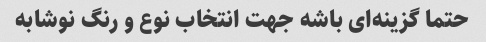
حتما گزینه‌ای باشه جهت انتخاب نوع و رنگ نوشابه